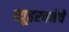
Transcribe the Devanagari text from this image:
व्यूहरचनेचे